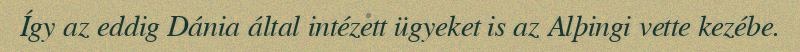
Így az eddig Dánia által intézett ügyeket is az Alþingi vette kezébe.